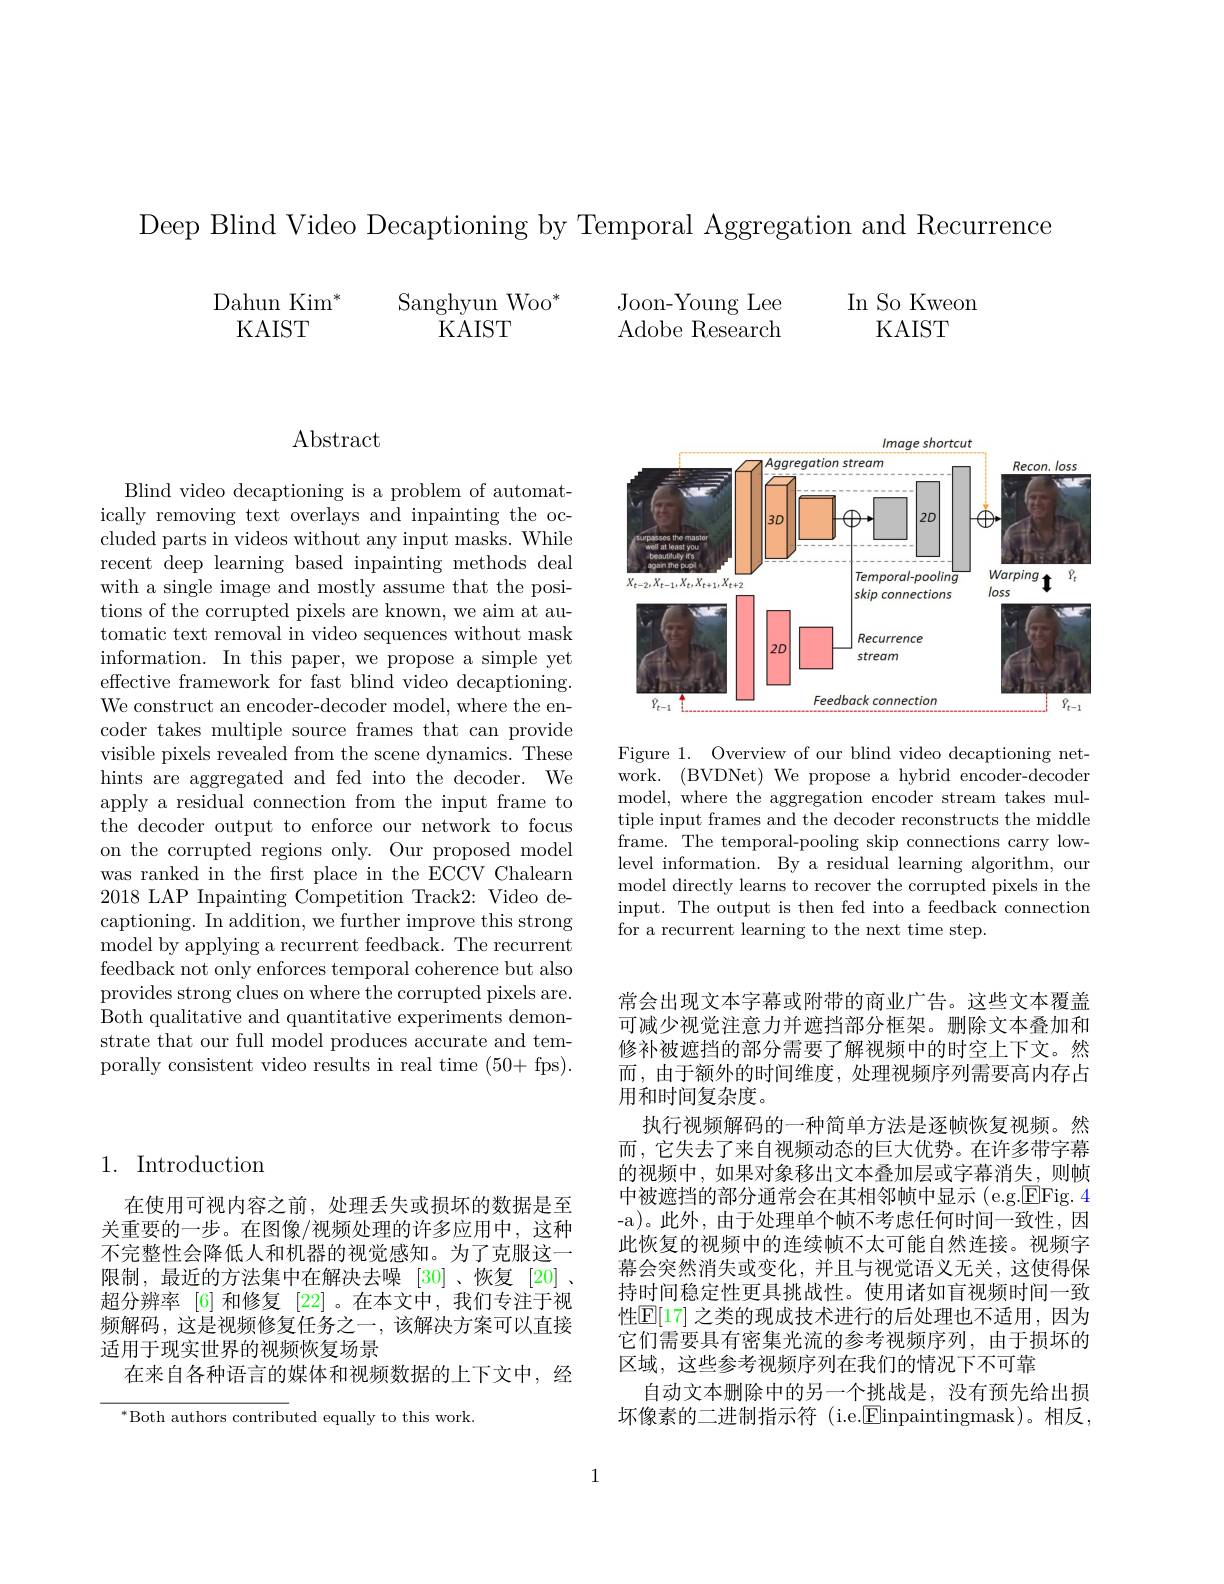
Deep Blind Video Decaptioning by Temporal Aggregation and Recurrence

$\begin{array}{cc}{\mathrm{Dahun~Kim}^{*}}&&{\mathrm{Sanghyun~Woo}^{*}}\\{\mathrm{KAIST}}&&{\mathrm{KAIST}}\end{array}$

In So Kweon

KAIST

Joon-Young Lee

Adobe Research

Abstract

Blind video decaptioning is a problem of automatically removing text overlays and inpainting the occluded parts in videos without any input masks. While recent deep learning based inpainting methods deal with a single image and mostly assume that the positions of the corrupted pixels are known, we aim at automatic text removal in video sequences without mask information. In this paper, we propose a simple yet effective framework for fast blind video decaptioning. We construct an encoder-decoder model, where the encoder takes multiple source frames that can provide visible pixels revealed from the scene dynamics. These hints are aggregated and fed into the decoder. We apply a residual connection from the input frame to the decoder output to enforce our network to focus on the corrupted regions only. Our proposed model was ranked in the frst place in the ECCV Chalearn 2018 LAP Inpainting Competition Track2: Video decaptioning. In addition, we further improve this strong model by applying a recurrent feedback. The recurrent feedback not only enforces temporal coherence but also provides strong clues on where the corrupted pixels are. Both qualitative and quantitative experiments demonstrate that our full model produces accurate and temporally consistent video results in real time (50+ fps).

## 1. Introduction

在使用可视内容之前，处理丢失或损坏的数据是至关重要的一步。在图像/视频处理的许多应用中，这种不完整性会降低人和机器的视觉感知。为了克服这一限制，最近的方法集中在解决去噪 [30]、恢复[20] 、 超分辨率 [6]和修复 [22]。在本文中，我们专注于视频解码，这是视频修复任务之一，该解决方案可以直接适用于现实世界的视频恢复场景
在来自各种语言的媒体和视频数据的上下文中，经

$^*$Both authors contributed equally to this work.

<FigureHere>

Figure 1. Overview of our blind video decaptioning network. (BVDNet) We propose a hybrid encoder-decoder model, where the aggregation encoder stream takes multiple input frames and the decoder reconstructs the middle frame. The temporal-pooling skip connections carry lowlevel information. By a residual learning algorithm, our model directly learns to recover the corrupted pixels in the input. The output is then fed into a feedback connection for a recurrent learning to the next time step.

常会出现文本字幕或附带的商业广告。这些文本覆盖可减少视觉注意力并遮挡部分框架。删除文本叠加和修补被遮挡的部分需要了解视频中的时空上下文。然而 ,由于额外的时间维度，处理视频序列需要高内存占用和时间复杂度。
执行视频解码的一种简单方法是逐帧恢复视频。然而，它失去了来自视频动态的巨大优势。在许多带字幕的视频中，如果对象移出文本叠加层或字幕消失，则帧中被遮挡的部分通常会在其相邻帧中显示(e.g.$\boxed{\mathrm{E} }$Fig. 4) -a)。此外，由于处理单个帧不考虑任何时间一致性，因此恢复的视频中的连续帧不太可能自然连接。视频字幕会突然消失或变化，并且与视觉语义无关，这使得保持时间稳定性更具挑战性。使用诸如盲视频时间一致性$\mathbb{E}[17]$ 之类的现成技术进行的后处理也不适用，因为它们需要具有密集光流的参考视频序列，由于损坏的区域，这些参考视频序列在我们的情况下不可靠
自动文本删除中的另一个挑战是，没有预先给出损坏像素的二进制指示符 (i.e.$\boxed{\mathrm{F}}$inpaintingmask)。相反，

1